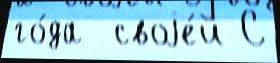
го́да  своjе́й С